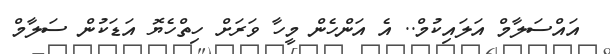
އައްސަލާމް އަލައިކުމް.. އެ އަންހެން މީހާ ވަރަށް ހިތްހެޔޮ އަޑަކުން ސަލާމް